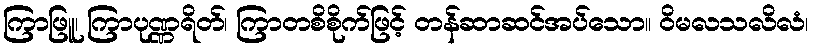
ကြာဖြူ၊ ကြာပုဏ္ဏရိတ်၊ ကြာတစိစိုက်ဖြင့် တန်ဆာဆင်အပ်သော။ ဝိမလသလိလံ၊